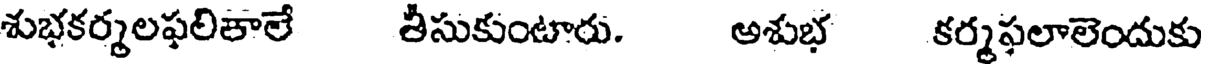
శుభకర్మలఫలికాలే తీసుకుంటారు. అశుభ కర్మఫలాలెందుకు